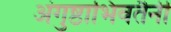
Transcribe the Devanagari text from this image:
अंगुष्ठाभिवतैनी